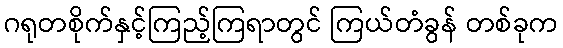
ဂရုတစိုက်နှင့်ကြည့်ကြရာတွင် ကြယ်တံခွန် တစ်ခုက